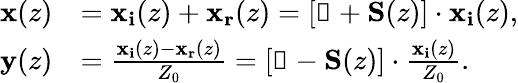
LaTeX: \begin{array}{rl}{\mathbf{x}(z)}&{=\mathbf{x_{i}}(z)+\mathbf{x_{r}}(z)=\left[\mathbb{1}+\mathbf{S}(z)\right]\cdot\mathbf{x_{i}}(z),}\\ {\mathbf{y}(z)}&{=\frac{\mathbf{x_{i}}(z)-\mathbf{x_{r}}(z)}{Z_{0}}=\left[\mathbb{1}-\mathbf{S}(z)\right]\cdot\frac{\mathbf{x_{i}}(z)}{Z_{0}}.}\end{array}